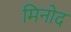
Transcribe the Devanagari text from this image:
मिनोद